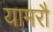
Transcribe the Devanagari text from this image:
यामरौ